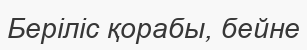
Беріліс қорабы, бейне